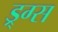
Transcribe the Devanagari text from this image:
ड्र्ग्स